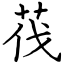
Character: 茷